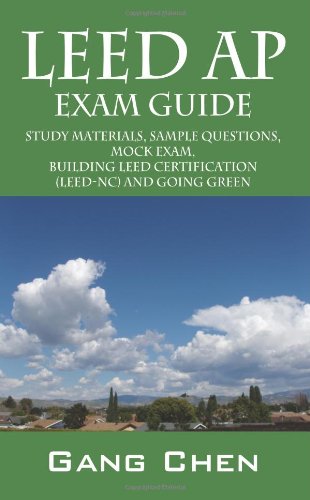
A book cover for LEED AP Exam Guide: Study Materials, Sample Questions,  Mock Exam, Building LEED Certification (LEED-NC) and Going Green; Gang Chen; Crafts, Hobbies & Home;